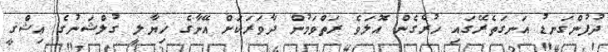
ދުފުންގަނޑު އަނގަތެރޭގައި ހުރެގެން އޮލަވެ ރަތްވަމުން ދާވަރަކަށް އޭނާގެ ޚިޔާލީ ގުލްޝަނުގެ ޢިޝްޤީ